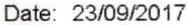
DATE: 23/09/2017